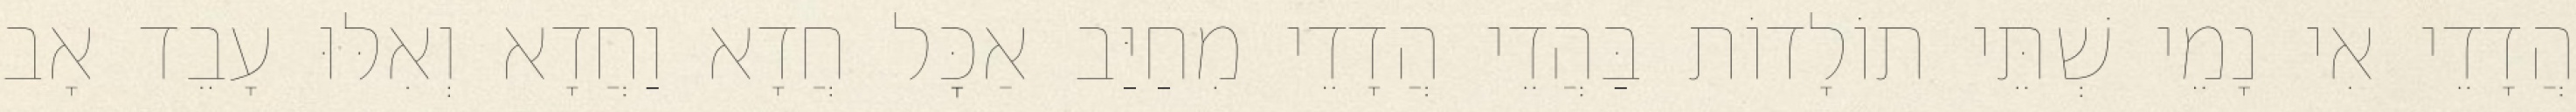
הֲדָדֵי אִי נָמֵי שְׁתֵּי תוֹלָדוֹת בַּהֲדֵי הֲדָדֵי מִחַיַּב אַכׇּל חֲדָא וַחֲדָא וְאִלּוּ עָבֵד אָב